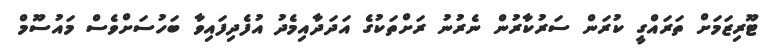
ޓޫރިޒަމަށް ތަރައްގީ ކުރަން ސަރުކާރުން ނެރުނު ރަށްތަކުގެ އަދަދާއިމެދު އުފެދިފައިވާ ބަހުސަށްވެސް މައުސޫމް